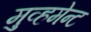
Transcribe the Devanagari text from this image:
मुव्हमेन्ट